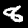
Digit: 8